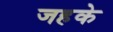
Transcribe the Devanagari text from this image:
जहके